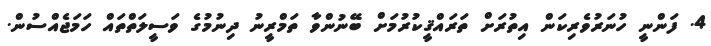
4. ފަންނީ ހުނަރުވެރިކަން އިތުރަށް ތަރައްޤީކުރުމަށް ބޭނުންވާ ތަމްރީނު ދިނުމުގެ ވަސީލަތްތައް ހަމަޖެއްސުން.